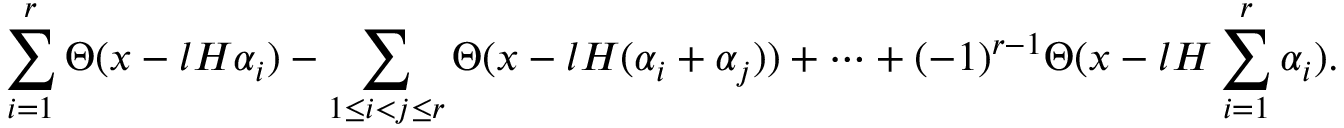
\sum _ { i = 1 } ^ { r } \Theta ( x - l H \alpha _ { i } ) - \sum _ { 1 \le i < j \le r } \Theta ( x - l H ( \alpha _ { i } + \alpha _ { j } ) ) + \cdots + ( - 1 ) ^ { r - 1 } \Theta ( x - l H \sum _ { i = 1 } ^ { r } \alpha _ { i } ) .